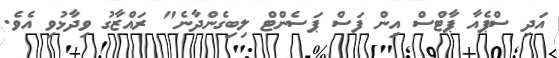
އަދި ސްޕެއާ ޕާޓްސް އިން ފަސް ޕަސެންޓް ލިބިގެންދާނެ" ރައްޒާގު ވިދާޅުވި އެވެ.